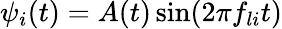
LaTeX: \psi_{i}(t)=A(t)\sin(2\pi f_{li}t)